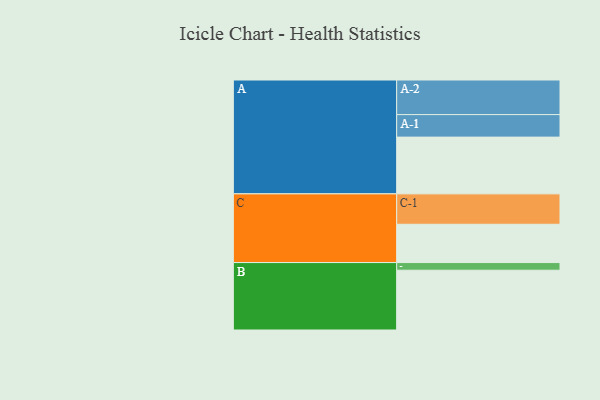
{"axis": {"x": "Segment", "y": "Value"}, "legend": ["", "A", "B", "C"], "data": [{"x": "A", "y": 446, "type": ""}, {"x": "B", "y": 470, "type": ""}, {"x": "C", "y": 301, "type": ""}, {"x": "A-1", "y": 177, "type": "A"}, {"x": "A-2", "y": 272, "type": "A"}, {"x": "B-1", "y": 60, "type": "B"}, {"x": "C-1", "y": 239, "type": "C"}]}